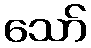
သော်